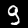
Label: 9